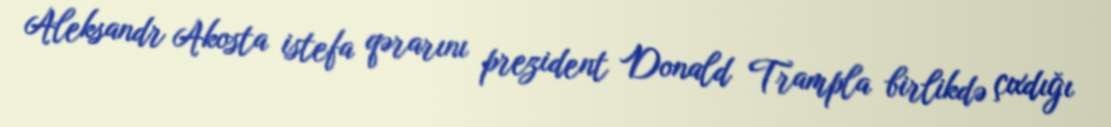
Aleksandr Akosta istefa qərarını prezident Donald Trampla birlikdə çıxdığı